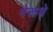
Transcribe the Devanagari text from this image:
गेरूचे